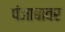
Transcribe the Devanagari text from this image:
पंजाबावर